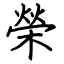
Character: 榮